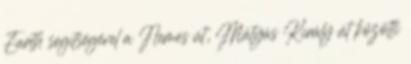
Earth segítségével a Nemes út, Mátyás Király út közötti